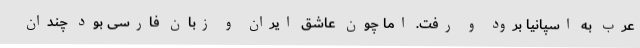
عرب به اسپانیا برود و رفت. اما چون عاشق ایران و زبان فارسی بود چندان